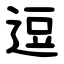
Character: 逗